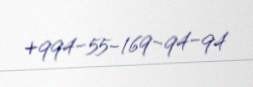
+994-55-169-94-94